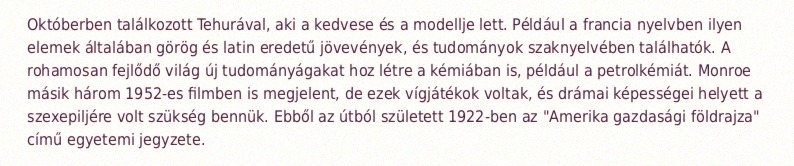
Októberben találkozott Tehurával, aki a kedvese és a modellje lett. Például a francia nyelvben ilyen elemek általában görög és latin eredetű jövevények, és tudományok szaknyelvében találhatók. A rohamosan fejlődő világ új tudományágakat hoz létre a kémiában is, például a petrolkémiát. Monroe másik három 1952-es filmben is megjelent, de ezek vígjátékok voltak, és drámai képességei helyett a szexepiljére volt szükség bennük. Ebből az útból született 1922-ben az "Amerika gazdasági földrajza" című egyetemi jegyzete.